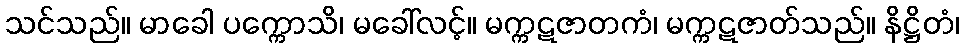
သင်သည်။ မာခေါ ပက္ကောသိ၊ မခေါ်လင့်။ မက္ကဋဇာတကံ၊ မက္ကဋဇာတ်သည်။ နိဋ္ဌိတံ၊